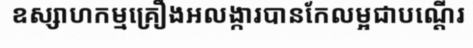
ឧស្សាហកម្មគ្រឿងអលង្ការបានកែលម្អជាបណ្តើរ